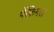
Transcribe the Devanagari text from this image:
पेंफिगस